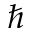
\hbar